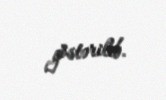
göstərilib.